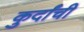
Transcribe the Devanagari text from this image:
कुर्दांची